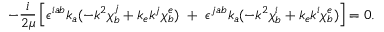
- \frac { i } { 2 \mu } \left[ \epsilon ^ { i a b } k _ { a } ( - k ^ { 2 } \chi _ { b } ^ { j } + k _ { e } k ^ { j } \chi _ { b } ^ { e } ) ~ + ~ \epsilon ^ { j a b } k _ { a } ( - k ^ { 2 } \chi _ { b } ^ { i } + k _ { e } k ^ { i } \chi _ { b } ^ { e } ) \right] = 0 .